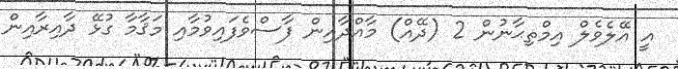
އީ އޭލެވެލް އިމްތިޙާނުން 2 (ދޭއް) މާއްދާއިން ފާސްވެފައިވުމާއި މަޤާމާ ގުޅޭ ދާއިރާއިން